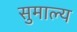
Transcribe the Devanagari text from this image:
सुमाल्य